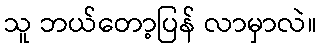
သူ ဘယ်တော့ပြန် လာမှာလဲ။